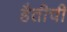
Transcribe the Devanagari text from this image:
हैतीची